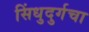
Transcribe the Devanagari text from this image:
सिंधुदुर्गचा